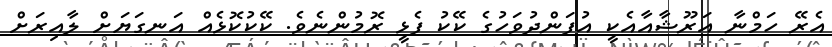
އެރޭ ހަމްނާ އަރޫޝާއާއެކީ އުފަންދުވަހުގެ ކޭކު ފެޅީ ރޮމުންނެވެ. ކޭކުކޮޅެއް އަނގަޔަށް ލާއިރަށް